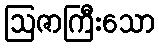
ဩဇာကြီးသော